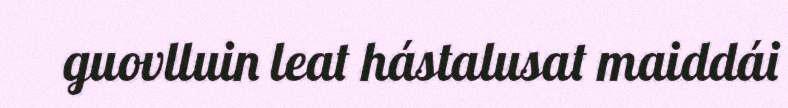
guovlluin leat hástalusat maiddái